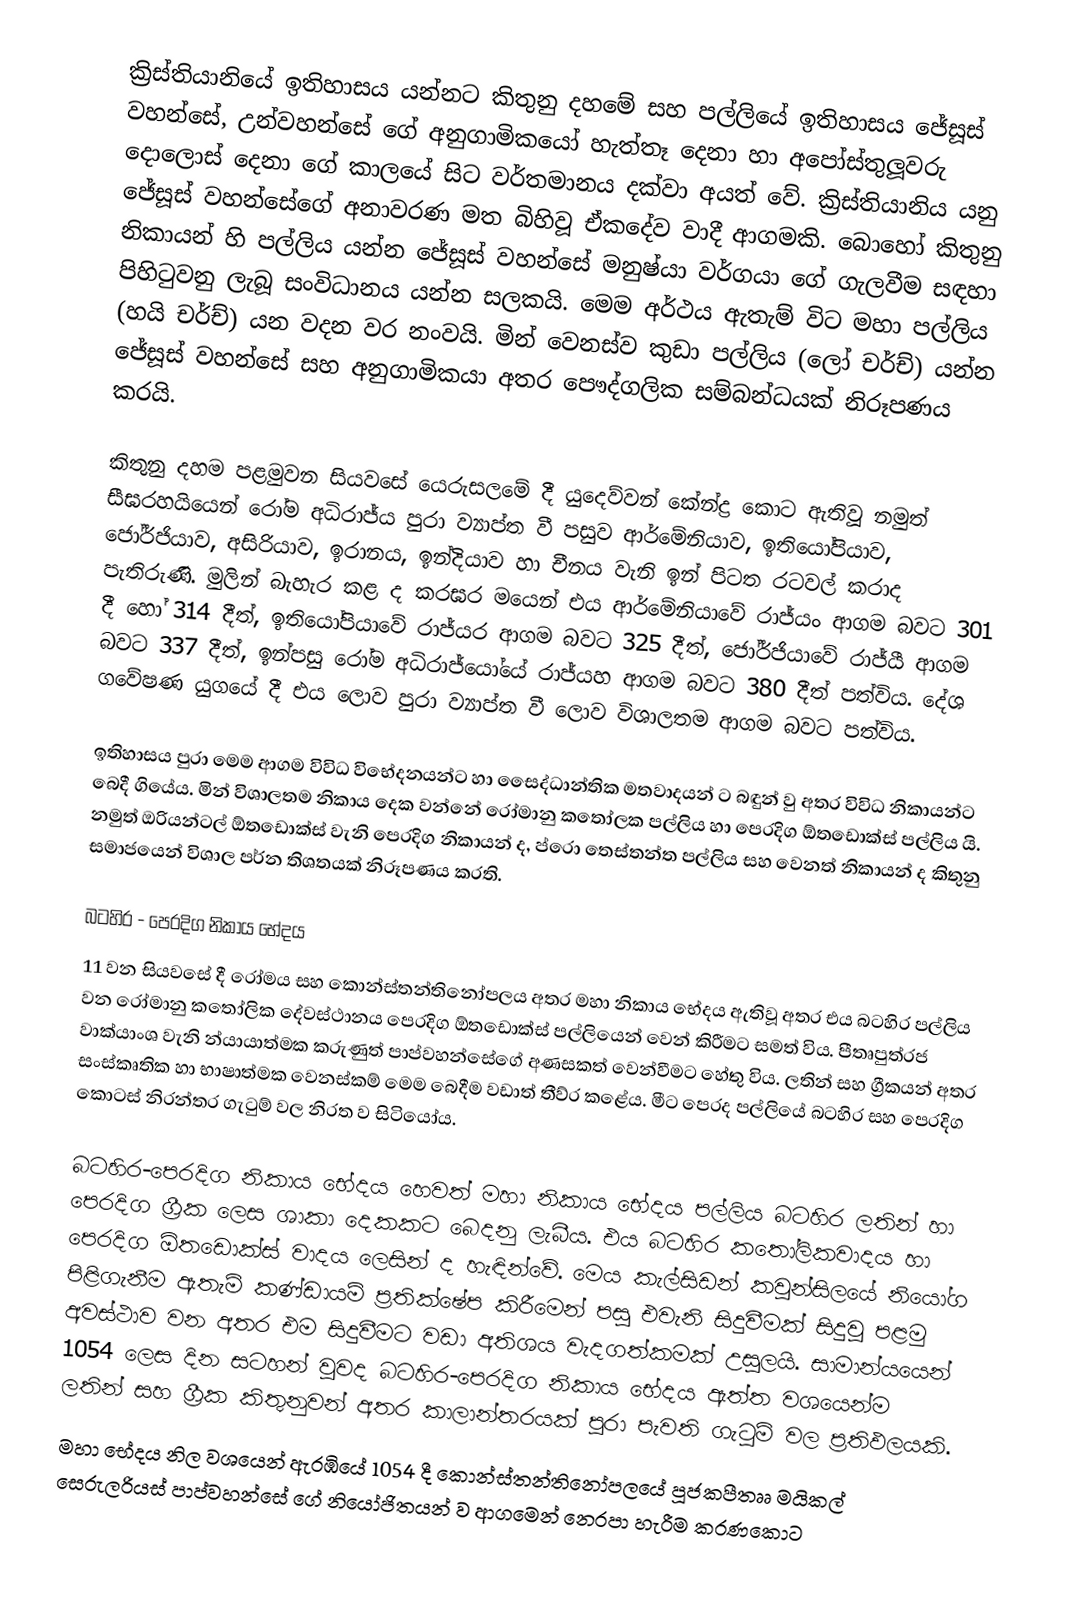
ක්‍රිස්තියානියේ ඉතිහාසය යන්නට කිතුනු දහමේ සහ පල්ලියේ ඉතිහාසය ජේසූස් වහන්සේ, උන්වහන්සේ ගේ අනුගාමිකයෝ හැත්තෑ දෙනා හා අපෝස්තුලූවරු දොලොස් දෙනා ගේ කාලයේ සිට වර්තමානය දක්වා අයත් වේ. ක්‍රිස්තියානිය යනු ජේසූස් වහන්සේගේ අනාවරණ මත බිහිවූ ඒකදේව වාදී ආගමකි. බොහෝ කිතුනු නිකායන් හි පල්ලිය යන්න ජේසූස් වහන්සේ මනුෂ්යා වර්ගයා ගේ ගැලවීම සඳහා පිහිටුවනු ලැබූ සංවිධානය යන්න සලකයි. මෙම අර්ථය ඇතැම් විට මහා පල්ලිය (හයි චර්ච්) යන වදන වර නංවයි. මින් වෙනස්ව කුඩා පල්ලිය (ලෝ චර්ච්) යන්න ජේසූස් වහන්සේ සහ අනුගාමිකයා අතර පෞද්ගලික සම්බන්ධයක් නිරූපණය කරයි.

කිතුනු දහම පළමුවන සියවසේ යෙරුසලමේ දී යුදෙව්වන් කේන්ද්‍ර කොට  ඇතිවූ නමුත් සීඝරහයියෙන් රෝම අධිරාජ්ය පුරා ව්‍යාප්ත වී පසුව ආර්මේනියාව, ඉතියෝපියාව, ජෝර්ජියාව, අසිරියාව, ඉරානය, ඉන්දියාව හා චීනය වැනි ඉන් පිටත රටවල් කරාද පැතිරුණි. මුලින් බැහැර කළ ද කරඝර මයෙන් එය ආර්මේනියාවේ රාජ්යං ආගම බවට 301 දී හෝ 314 දීත්, ඉතියෝපියාවේ රාජ්යර ආගම බවට 325 දීත්, ජෝර්ජියාවේ රාජ්යී ආගම බවට 337 දීත්, ඉන්පසු රෝම අධිරාජ්යෝයේ රාජ්යහ ආගම බවට 380 දීත් පත්විය. දේශ ගවේෂණ යුගයේ දී එය ලොව පුරා ව්‍යාප්ත වී ලොව විශාලතම ආගම බවට පත්විය.

ඉතිහාසය පුරා මෙම ආගම විවිධ විභේදනයන්ට හා සෙෙද්ධාන්තික මතවාදයන් ට බඳුන් වු අතර විවිධ නිකායන්ට බෙදී ගියේය. මින් විශාලතම නිකාය දෙක වන්නේ රෝමානු කතෝලක පල්ලිය හා පෙරදිග ඕතඩොක්ස් පල්ලිය යි. නමුත් ඔරියන්ටල් ඕතඩොක්ස් වැනි පෙරදිග නිකායන් ද, ප්රො තෙස්තන්ත පල්ලිය සහ වෙනත් නිකායන් ද කිතුනු සමාජයෙන් විශාල පර්න තිශතයක් නිරූපණය කරති.

බටහිර - පෙරදිග නිකාය භේදය
11 වන සියවසේ දී රෝමය සහ කොන්ස්තන්තිනෝපලය අතර මහා නිකාය භේදය ඇතිවූ අතර එය බටහිර පල්ලිය වන රෝමානු කතෝලික දේවස්ථානය පෙරදිග ඕතඩොක්ස් පල්ලියෙන් වෙන් කිරීමට සමත් විය. පීතෘපුත්රජ වාක්යාංශ වැනි න්යායාත්මක කරුණුත් පාප්වහන්සේගේ අණසකත් වෙන්වීමට හේතු විය. ලතින් සහ ග්‍රීකයන් අතර සංස්කෘතික හා භාෂාත්මක වෙනස්කම් මෙම බෙදීම වඩාත් තීව්ර කළේය. මීට පෙරද පල්ලියේ බටහිර සහ පෙරදිග කොටස් නිරන්තර ගැටුම් වල නිරත ව සිටියෝය.

බටහිර-පෙරදිග නිකාය භේදය හෙවත් මහා නිකාය භේදය පල්ලිය බටහිර ලතින් හා පෙරදිග ග්‍රීක ලෙස ශාකා දෙකකට බෙදනු ලැබීය. එය බටහිර කතෝලිකවාදය හා පෙරදිග  ඕතඩොක්ස් වාදය ලෙසින් ද හැඳින්වේ. මෙය කැල්සිඩන් කවුන්සිලයේ නියෝග පිළිගැනීම ඇතැම් කණ්ඩායම් ප්‍රතික්ෂේප කිරීමෙන් පසු එවැනි සිදුවීමක් සිදුවූ පළමු අවස්ථාව වන අතර එම සිදුවීමට වඩා අතිශය වැදගත්කමක් උසුලයි. සාමාන්යයෙන් 1054 ලෙස දින සටහන් වූවද බටහිර-පෙරදිග නිකාය භේදය ඇත්ත වශයෙන්ම ලතින් සහ ග්‍රීක කිතුනුවන් අතර කාලාන්තරයක් පුරා පැවති ගැටුම් වල ප්‍රතිඵලයකි.
මහා භේදය නිල වශයෙන් ඇරඹියේ 1054 දී කොන්ස්තන්තිනෝපලයේ පූජකපීතෲ මයිකල් සෙරුලරියස් පාප්වහන්සේ ගේ නියෝජිතයන් ව ආගමෙන් නෙරපා හැරීම කරණකොට